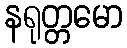
နရုတ္တမော